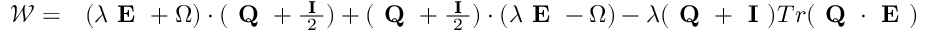
\begin{array} { r l } { \boldsymbol { \mathcal { W } } = } & { ( \lambda \textbf { E } + \boldsymbol { \Omega } ) \cdot ( \textbf { Q } + \frac { \textbf { I } } { 2 } ) + ( \textbf { Q } + \frac { \textbf { I } } { 2 } ) \cdot ( \lambda \textbf { E } - \boldsymbol { \Omega } ) - \lambda ( \textbf { Q } + \textbf { I } ) T r ( \textbf { Q } \cdot \textbf { E } ) } \end{array}